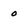
Character: 0